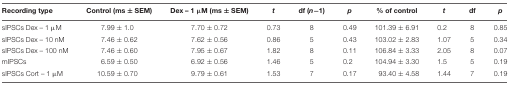
<table><thead><tr><td><b>Recording type</b></td><td><b>Control (ms ± SEM)</b></td><td><b>Dex – 1 μM (ms ± SEM)</b></td><td><b><i>t</i></b></td><td><b>df (<i>n</i>-1)</b></td><td><b><i>p</i></b></td><td><b>% of control</b></td><td><b><i>t</i></b></td><td><b>df</b></td><td><b><i>p</i></b></td></tr></thead><tbody><tr><td>sIPSCs Dex – 1 μM</td><td>7.99 ± 1.0</td><td>7.70 ± 0.72</td><td>0.73</td><td>8</td><td>0.49</td><td>101.39 ± 6.91</td><td>0.2</td><td>8</td><td>0.85</td></tr><tr><td>sIPSCs Dex – 10 nM</td><td>7.46 ± 0.62</td><td>7.62 ± 0.56</td><td>0.86</td><td>5</td><td>0.43</td><td>103.02 ± 2.83</td><td>1.07</td><td>5</td><td>0.34</td></tr><tr><td>sIPSCs Dex – 100 nM</td><td>7.46 ± 0.60</td><td>7.95 ± 0.67</td><td>1.82</td><td>8</td><td>0.11</td><td>106.84 ± 3.33</td><td>2.05</td><td>8</td><td>0.07</td></tr><tr><td>mIPSCs</td><td>6.59 ± 0.50</td><td>6.92 ± 0.56</td><td>1.46</td><td>5</td><td>0.2</td><td>104.94 ± 3.30</td><td>1.5</td><td>5</td><td>0.19</td></tr><tr><td>sIPSCs Cort – 1 μM</td><td>10.59 ± 0.70</td><td>9.79 ± 0.61</td><td>1.53</td><td>7</td><td>0.17</td><td>93.40 ± 4.58</td><td>1.44</td><td>7</td><td>0.19</td></tr></tbody></table>